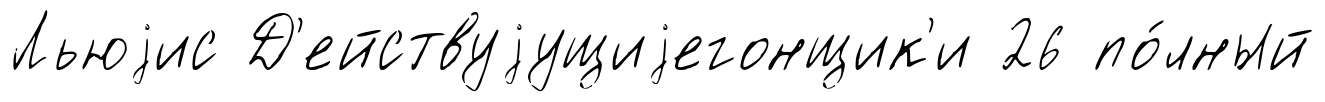
Льюjис Д'ействуjущиjегонщик'и 26 по́лный